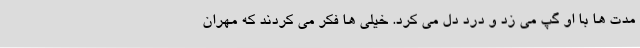
مدت ها با او گپ می زد و درد دل می کرد. خیلی ها فکر می کردند که مهران